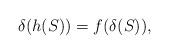
LaTeX: \begin{align*} \delta(h(S)) = f(\delta(S)),\end{align*}